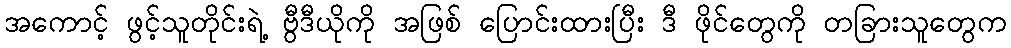
အကောင့် ဖွင့်သူတိုင်းရဲ့ ဗွီဒီယိုကို အဖြစ် ပြောင်းထားပြီး ဒီ ဖိုင်တွေကို တခြားသူတွေက